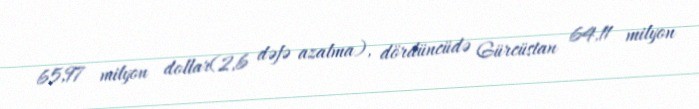
65,97 milyon dollar(2,6 dəfə azalma), dördüncüdə Gürcüstan 64,11 milyon